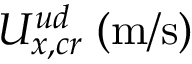
U _ { x , c r } ^ { u d } \; ( \mathrm { m / s } )